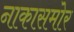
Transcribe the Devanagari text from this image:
नाकासमोर